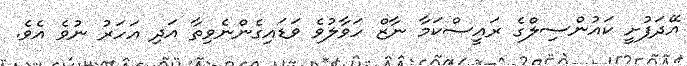
އޭދަފުށީ ކައުންސިލްގެ ރައީސްކަމާ ނާޒް ހަވާލުވެ ވަޑައިގެންނެވިތާ އަދި އަހަރު ނުވެ އެވެ.